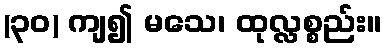
(၃၀) ကျ၍ မသေ၊ ထုလ္လစ္စည်း။